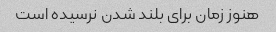
هنوز زمان برای بلند شدن نرسیده است